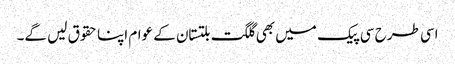
اسی طرح سی پیک میں بھی گلگت بلتستان کے عوام اپنا حقوق لیں گے۔